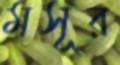
মসূর